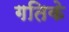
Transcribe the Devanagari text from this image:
गतिके